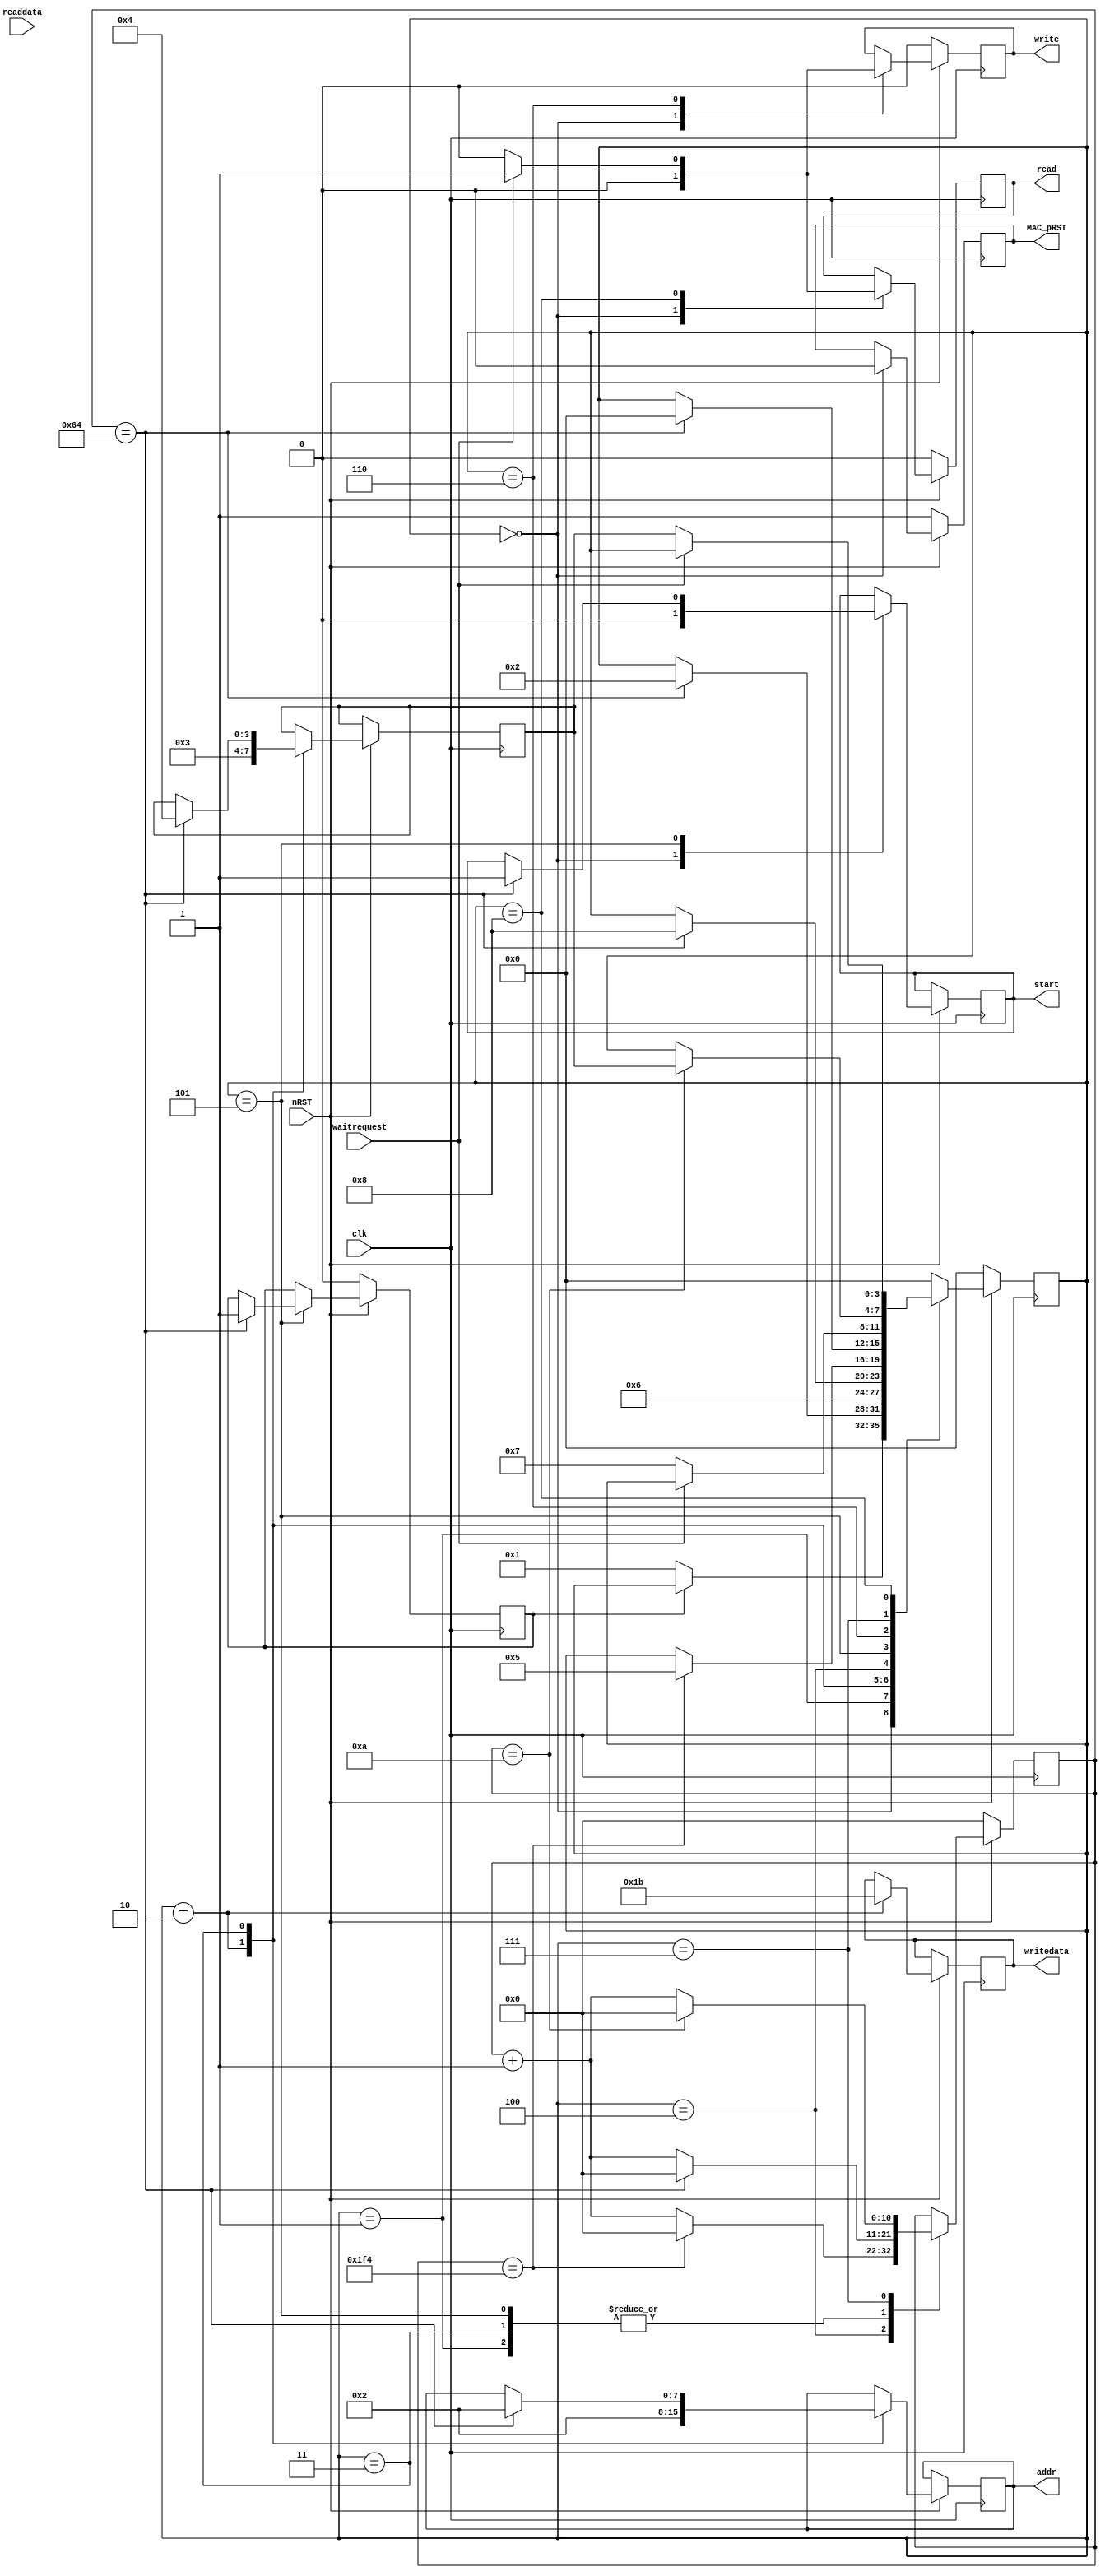
module MAC_init(input clk,
				input nRST,
				input waitrequest,
				input[31:0] readdata,
				output reg MAC_pRST,
				output reg read,
				output reg write,
				output reg start,
				output reg[7:0] addr,
				output reg[31:0] writedata);
				
parameter 
			//state machine
			idle=4'd0,RST_over=4'd1,Soft_reset=4'd2,waiting=4'd3, Write_Config=4'd4, complete=4'd5, 
			write_begin=4'd6, write_end=4'd7, read_begin=4'd8,
			
			Command_Config_Reg = 8'd2,
			tx_ena = 1, rx_ena = 2, eth_speed = 8, promis_en = 16,
			pad_ena = 'h20, CRC_FWD = 'h40, TX_ADDR_INS = 'h200, OMIT_CRC = 'h20000,
			sw_reset = 'h2000,
			
			regnum_tx_cmd_stat = 8'd58,regnum_rx_cmd_stat = 8'd59,
			regnum_phy_reg_1_status = 8'd129;

			
				
reg[3:0] state;
reg[3:0] breakpoint;
reg[10:0] delay_cnt;
reg[31:0] read_data;
reg flag;

always@(posedge clk)
if(!nRST)
	begin
		state<=idle;
		MAC_pRST<=1;						//MAC								
		read<=0;
		write<=0;
		delay_cnt<=0;
		flag<=0;
	end
else
	begin
		case(state)
				idle:
					begin
						read<=0;
						write<=0;
						MAC_pRST<=0;						//MAC	
						start<=0;
						if(flag==0)state<=RST_over;
					end
				RST_over:
					begin
						if(delay_cnt==100)
							begin
								delay_cnt<=0;
								state<=Soft_reset;
							end
						else delay_cnt<=delay_cnt+1'b1;
					end
				Soft_reset:
					begin
						addr<=Command_Config_Reg;			//
						//writedata<=32'h2000;
						writedata<=(tx_ena|rx_ena|eth_speed|promis_en);
						state<=write_begin;
						breakpoint<=waiting;
					end
				waiting:
					begin
						if(delay_cnt==100)
							begin
								state<=read_begin;
								breakpoint<=Write_Config;
								//addr<=regnum_phy_reg_1_status;
								addr<=Command_Config_Reg;
								delay_cnt<=0;
							end
						else delay_cnt<=delay_cnt+1'b1;
					end
					
				Write_Config:
					begin
						/*
						addr<=Command_Config_Reg;
						writedata<=(tx_ena|rx_ena|eth_speed|promis_en);
						state<=write_begin;
						breakpoint<=complete;*/
						if(delay_cnt==500)
							begin
								state<=complete;
								delay_cnt<=0;
							end
						else delay_cnt<=delay_cnt+1'b1;
					end
				complete:
					begin
						if(delay_cnt==100)
							begin
								delay_cnt=0;
								start<=1;//----------posedge edge
								state<=idle;
								flag<=1;
							end
						else delay_cnt<=delay_cnt+1'b1;
					end
					
				write_begin:
					begin
						write<=1;
						if(!waitrequest)
							begin
								write<=0;
								state<=write_end;
							end
					end
				write_end:
					begin
						if(delay_cnt==10)
							begin
								delay_cnt<=0;
								state<=breakpoint;
							end
						else delay_cnt<=delay_cnt+1'b1;
					end
				
				read_begin:
					begin
						read<=1;
						if(!waitrequest)
							begin
								read<=0;
								state<=breakpoint;
								read_data<=readdata;
							end
					end
				default: state<=idle;
			endcase
		end
			
	endmodule